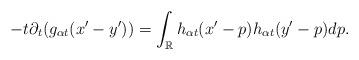
LaTeX: \begin{align*}-t\partial_t(g_{\alpha t}(x'-y')) = \int_{\mathbb{R}} h_{\alpha t}(x'-p) h_{\alpha t}(y'-p) dp.\end{align*}